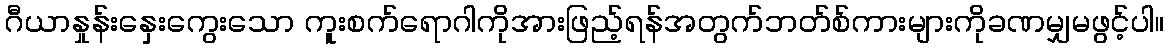
ဂီယာနှုန်းနှေးကွေးသော ကူးစက်ရောဂါကိုအားဖြည့်ရန်အတွက်ဘတ်စ်ကားများကိုခဏမျှမဖွင့်ပါ။